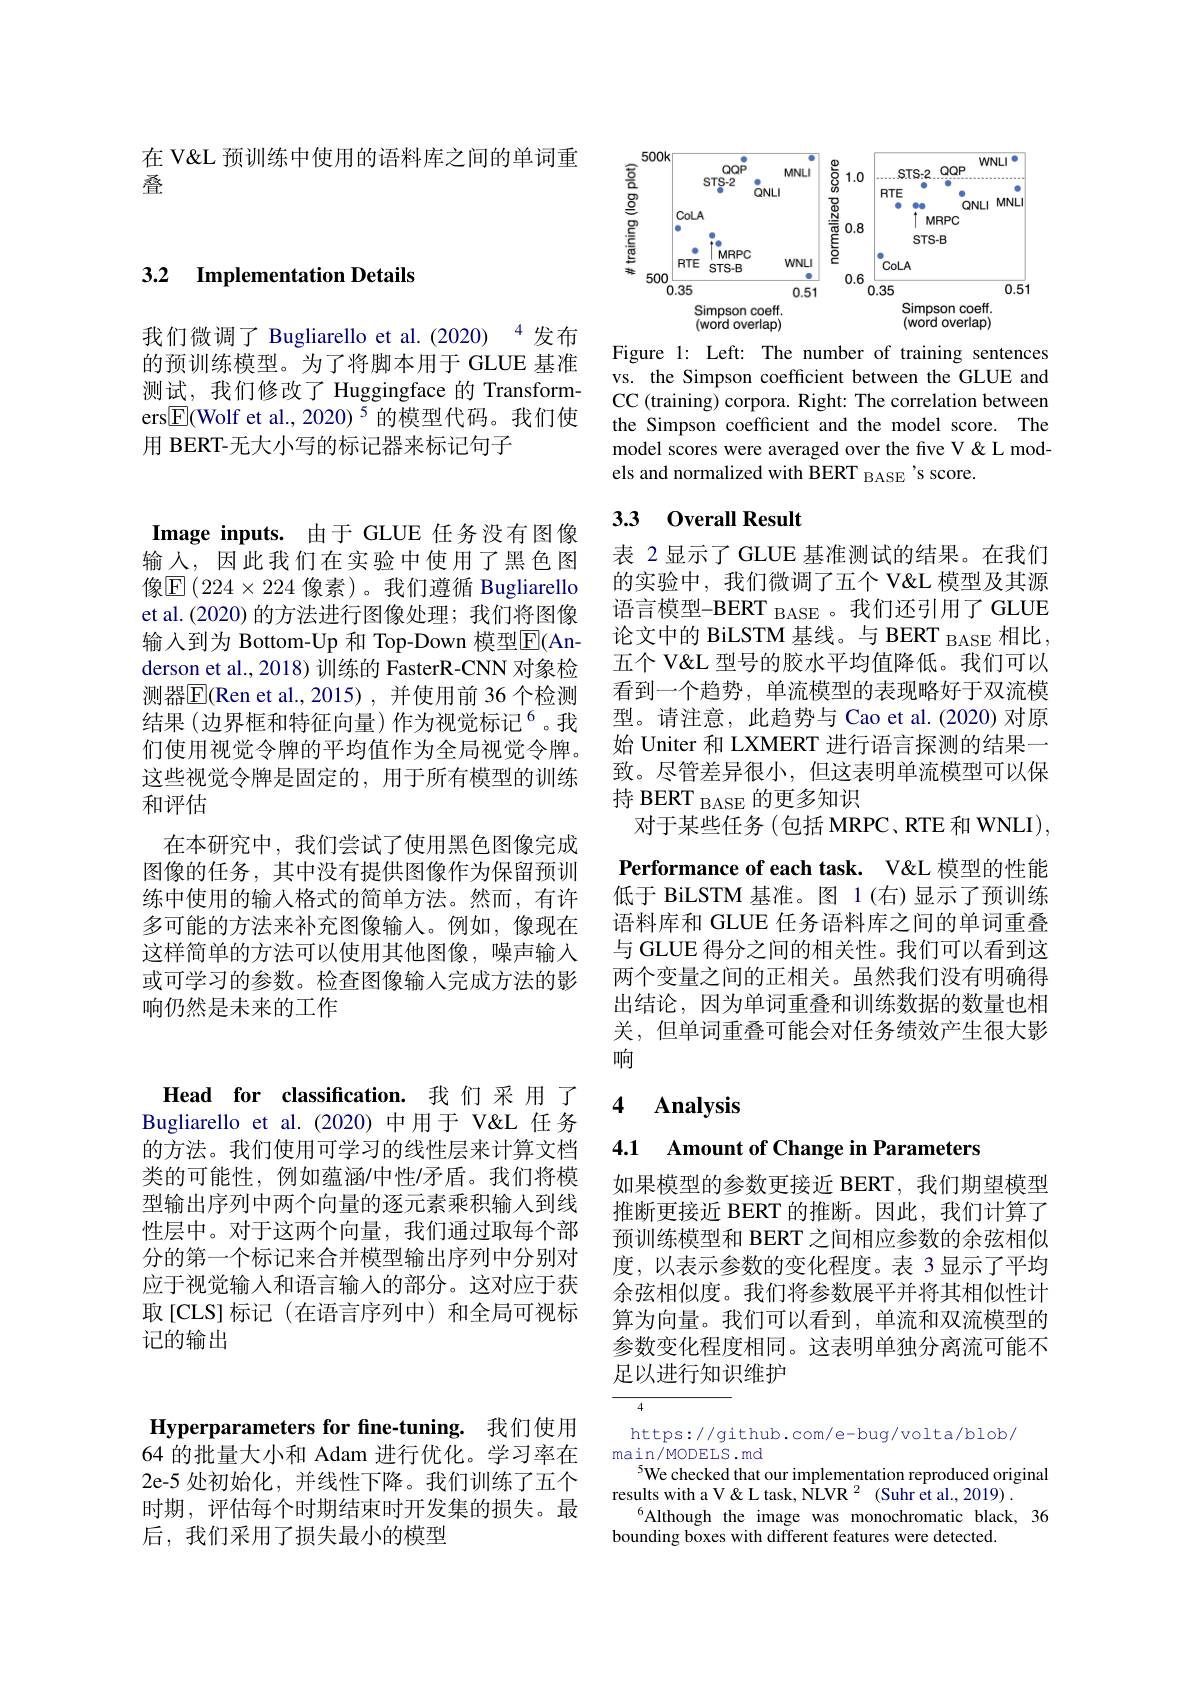
在 V&L 预训练中使用的语料库之间的单词重
叠

Image inputs. 由于 GLUE 任务没有图像输入，因此我们在实验中使用了黑色图像$\mathbb{E}(224\times224$ 像素)。我们遵循 Bugliarello et al.(2020) 的方法进行图像处理；我们将图像输入到为 Bottom-Up 和 Top-Down 模型E(An-1) derson et al., 2018) 训练的 FasterR-CNN 对象检测器$\overline{\mathrm{E}}($Ren et al.,2015), 并使用前 36 个检测结果 (边界框和特征向量)作为视觉标记$^{6}$。我们使用视觉令牌的平均值作为全局视觉令牌。这些视觉令牌是固定的，用于所有模型的训练和评估
在本研究中，我们尝试了使用黑色图像完成图像的任务，其中没有提供图像作为保留预训练中使用的输入格式的简单方法。然而，有许多可能的方法来补充图像输入。例如，像现在这样简单的方法可以使用其他图像，噪声输入或可学习的参数。检查图像输入完成方法的影响仍然是未来的工作

### 3.2 Implementation Details

我们微调了 Bugliarello et al.(2020) 4 发布的预训练模型。为了将脚本用于 GLUE 基准测试，我们修改了 Huggingface 的 Transformers$\boxed{\mathrm{F}}($Wolf et al., 2020)$^{5}$的模型代码。我们使用 BERT-无大小写的标记器来标记句子

<FigureHere>

Figure 1: Left: The number of training sentences vs. the Simpson coefficient between the GLUE and CC (training) corpora. Right: The correlation between the Simpson coefficient and the model score. The model scores were averaged over the five V & L models and normalized with BERT BASE 's score.

## 3.3 Overall Result

表 2 显示了 GLUE 基准测试的结果。在我们的实验中，我们微调了五个 V&L 模型及其源语言模型-BERT BASE 。我们还引用了 GLUE 论文中的 BiLSTM 基线。与 BERT BASE 相比， 五个 V&L 型号的胶水平均值降低。我们可以看到一个趋势，单流模型的表现略好于双流模型。请注意，此趋势与 Cao et al.(2020)对原始 Uniter 和 LXMERT 进行语言探测的结果一致。尽管差异很小，但这表明单流模型可以保持 BERT $_\mathrm{BASE}$的更多知识
对于某些任务(包括 MRPC、RTE 和 WNLI), Performance of each task. V&L 模型的性能低于 BiLSTM 基准。图 1(右)显示了预训练语料库和 GLUE 任务语料库之间的单词重叠与 GLUE 得分之间的相关性。我们可以看到这两个变量之间的正相关。虽然我们没有明确得出结论，因为单词重叠和训练数据的数量也相关，但单词重叠可能会对任务绩效产生很大影响

### 4 $\textbf{Analvsis}$

4.1 Amount of Change in Parameters

如果模型的参数更接近 BERT, 我们期望模型推断更接近 BERT 的推断。因此，我们计算了预训练模型和 BERT 之间相应参数的余弦相似度，以表示参数的变化程度。表 3 显示了平均余弦相似度。我们将参数展平并将其相似性计算为向量。我们可以看到，单流和双流模型的参数变化程度相同。这表明单独分离流可能不足以进行知识维护

4

https://github.com/e-bug/volta/blob/
main/MODELS.md
5We checked that our implementation reproduced original
results with a V & L task, NLVR 2 (Suhr et al., 2019) .
$^{6}$Although the image was monochromatic black,36
bounding boxes with different features were detected.

Head for classification. 我们采用了Bugliarello et al.(2020)中用于 V& 任务的方法。我们使用可学习的线性层来计算文档类的可能性，例如蕴涵/中性/矛盾。我们将模型输出序列中两个向量的逐元素乘积输入到线性层中。对于这两个向量，我们通过取每个部分的第一个标记来合并模型输出序列中分别对应于视觉输人和语言输入的部分。这对应于获取[CLS]标记(在语言序列中)和全局可视标记的输出

Hyperparameters for fine-tuning. 我们使用

64 的批量大小和 Adam 进行优化。学习率在2e-5 处初始化，并线性下降。我们训练了五个时期，评估每个时期结束时开发集的损失。最后，我们采用了损失最小的模型